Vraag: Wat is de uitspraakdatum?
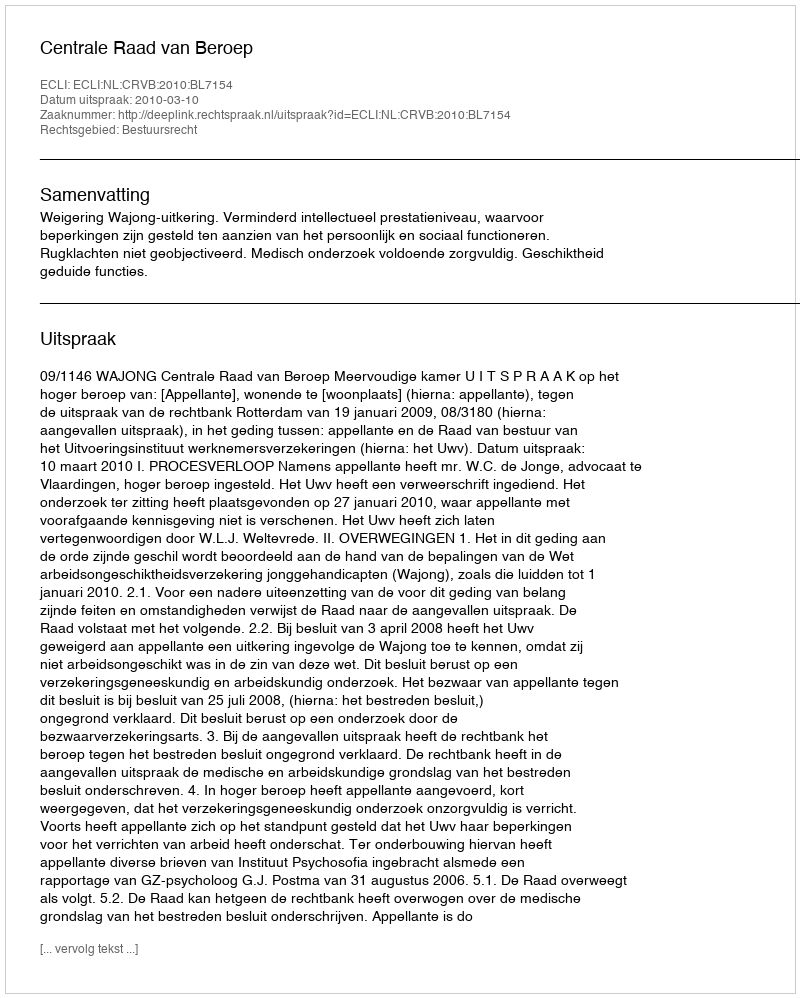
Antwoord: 2010-03-10